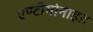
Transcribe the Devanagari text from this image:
एण्टीमोनाइड